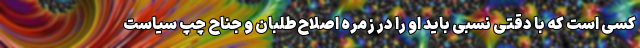
کسی است که با دقتی نسبی باید او را در زمره اصلاح‌طلبان و جناح چپ سیاست